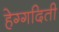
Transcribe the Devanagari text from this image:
हेग्गदिती